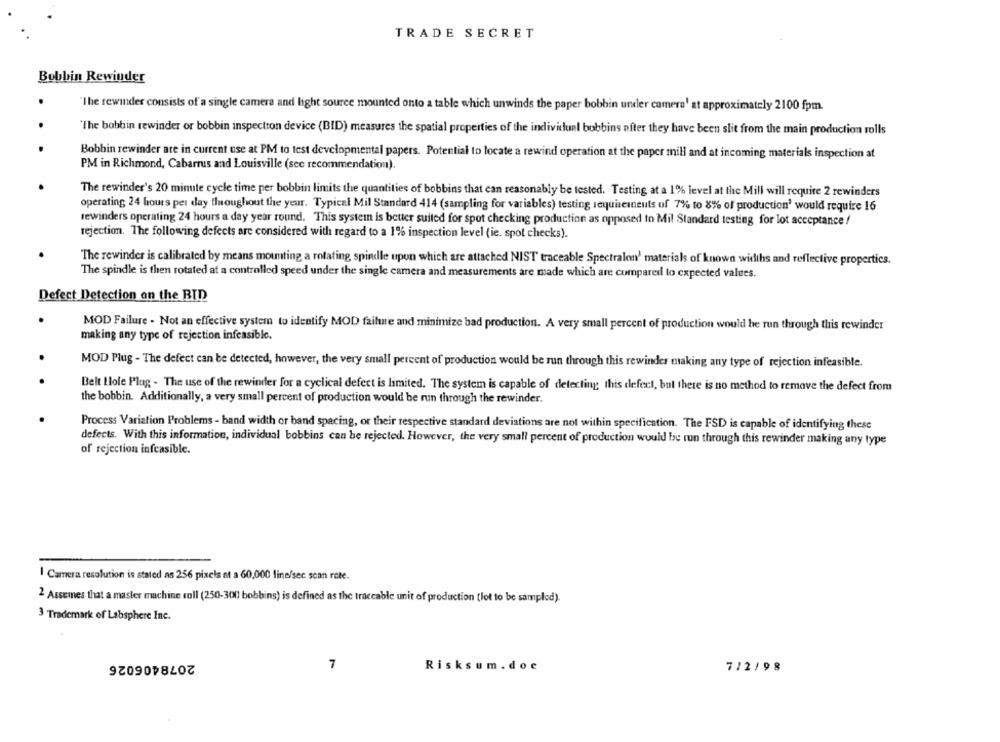
TRADE SECRET
Bobbin Rewinder
"The rewinder consists of a single camera and light source mounted onto a table which unwinds the paper bobbin under camera' at approximately 2100 fpm.
"The bobbin rewinder or bobbin inspectton device (BID) measures the spatial properties of the individual bobbins after they have been slit from the main production rolls
Bobbin rewinder are in current use at PM to test developmental papers. Potential to locate a rewind operation at the paper mill and at incoming materials inspection at
PM in Richmond, Cabarrus and Louisville (see recommendation).
The rewinder's 20 minuite cycle time per bobbin limits the quantities of bobbins that can reasonably be tested. Testing at a 1% level at the Mill will require 2 rewinders
operating 24 hours per day throughout the year. Typical Mil Standard 414 (sampling for variables) testing requiseineuts of 7% to 8%% of production' would require 16
rewinders operating 24 hours a day year round. This system is better suited for spot checking production as opposed to Mil Standard testing for lot acceptance !
rejection. The following defects are considered with regard to a 1% inspection level (ie. spol checks).
The rewinder is calibrated by means mounting a rotating spindle upon which are attached NIST traceable Spectralon' materials of known widths and reflective properties.
The spindle is then rotated at a controlled speed under the single camera and measurements are made which are compared to expected values.
Defect Detection on the BID
MOD Failure - Not an effective system to identify MOD failure and minimize bad production. A very small percent of production would be run through this rewinder
making any type of rejection infeasible.
MOD Plug - The defect can be detected, however, the very small percent of production would be run through this rewinder making any type of rejection infeasible.
Belt Hole Plug - The use of the rewinder for a cyclical defect is limited. The system is capable of detecting this defect, but there is no method to remove the defect from
the bobbin. Additionally, a very small percent of production would be run through the rewinder.
Process Variation Problems - band width or band spacing, or their respective standard deviations are not within specification. The FSD is capable of identifying these
defects. With this information, individual bobbins can be rejected. However, the very small percent of production would be run through this rewinder making any type
of rejection infeasible.
I Camera resolution is stated as 256 pixels at a 60,000 line/sec scan rete.
2 Assumes that a master machine roll (250-300 bobbins) is defined as the traceable unit of production (lot to be sampled).
3 Trademark of Labsphere Inc.
2078406026
7
Risksum . doc
7/2/98